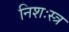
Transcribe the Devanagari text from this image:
निशःस्त्र